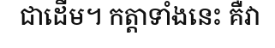
ជាដើម។ កត្តាទាំងនេះ គឺវា